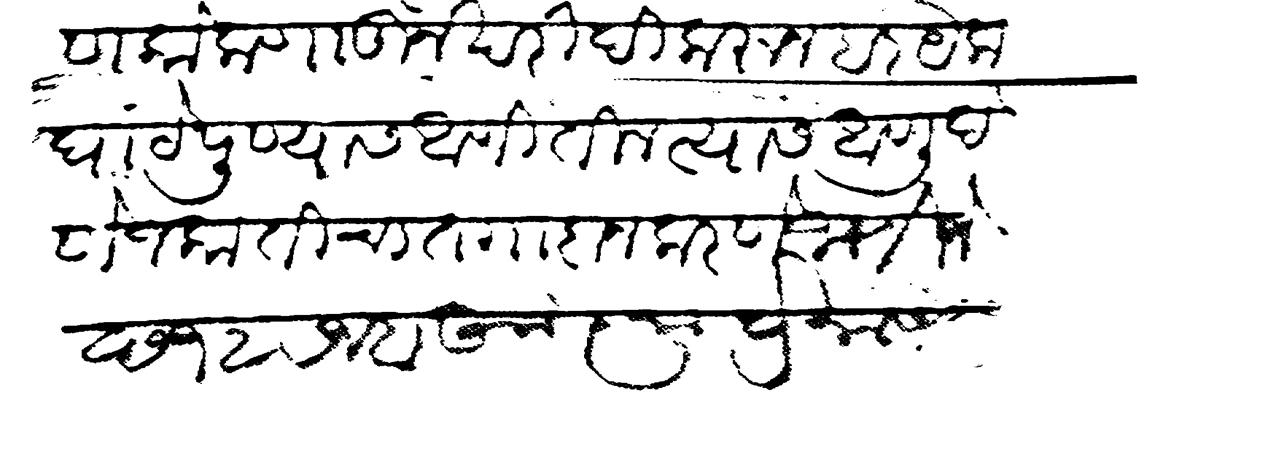
Transliteration (Devanagari): फिरगांण कोकणातून खरीदी करून हर येक घांटे पुण्यास आणितील त्यास आणु देणे जकातीचा तगादा न करणे जाणिजे छ १२ रजब आज्ञा प्रमाण